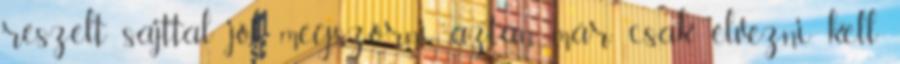
reszelt sajttal jól megszórni, aztán már csak élvezni kell